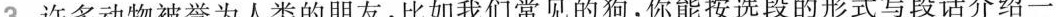
3 许多动物被誉为人类的朋友，比如我们常见的狗，你能按选段的形式写段话介绍一